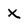
Character: x